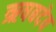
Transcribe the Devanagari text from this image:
ऋषबदेव